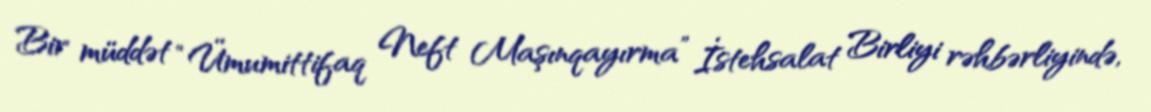
Bir müddət “Ümumittifaq Neft Maşınqayırma” İstehsalat Birliyi rəhbərliyində,